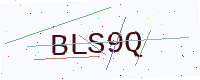
Text: BLS9Q